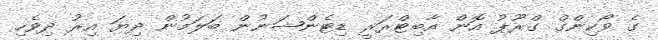
ގެ ވޯކިންގް ގްރޫޕު އޮން އާބިޓްރަރީ ޑިޓެންޝަނުން ބަލަމުން ދިޔަ އިރު ދިވެހި